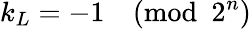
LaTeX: k_{L}=-1{\pmod{2^{n}}}